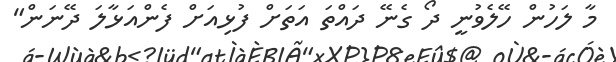
މާ ލަހުން ހޭލެވުނީ ދޯ ގެނޭ ދައްތަ އަތަށް ފުޅިއަށް ފެންއަޅާލަ ދޭނަން"